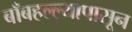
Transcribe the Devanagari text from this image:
बाँबहल्ल्यापासून